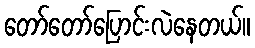
တော်တော်ပြောင်းလဲနေတယ်။